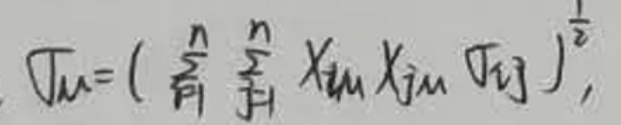
\[
\Gamma_{ijm}= \left( \sum_{k = 1}^{n}\sum_{l = 1}^{n} X_{km}X_{lm}\Gamma_{kl}\right)^{\frac{1}{2}},
\]